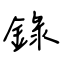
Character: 錄